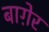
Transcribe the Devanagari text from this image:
बाग़ेर